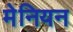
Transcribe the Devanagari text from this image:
मेनियन